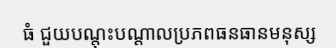
ធំ ជួយបណ្តុះបណ្តាលប្រភពធនធានមនុស្ស